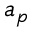
a _ { p }